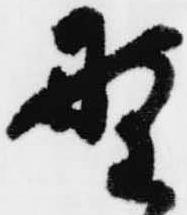
野